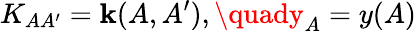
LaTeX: K_{AA^{\prime}}=\operatorname{\mathbf{k}}(A,A^{\prime}),\quady_{A}=y(A)